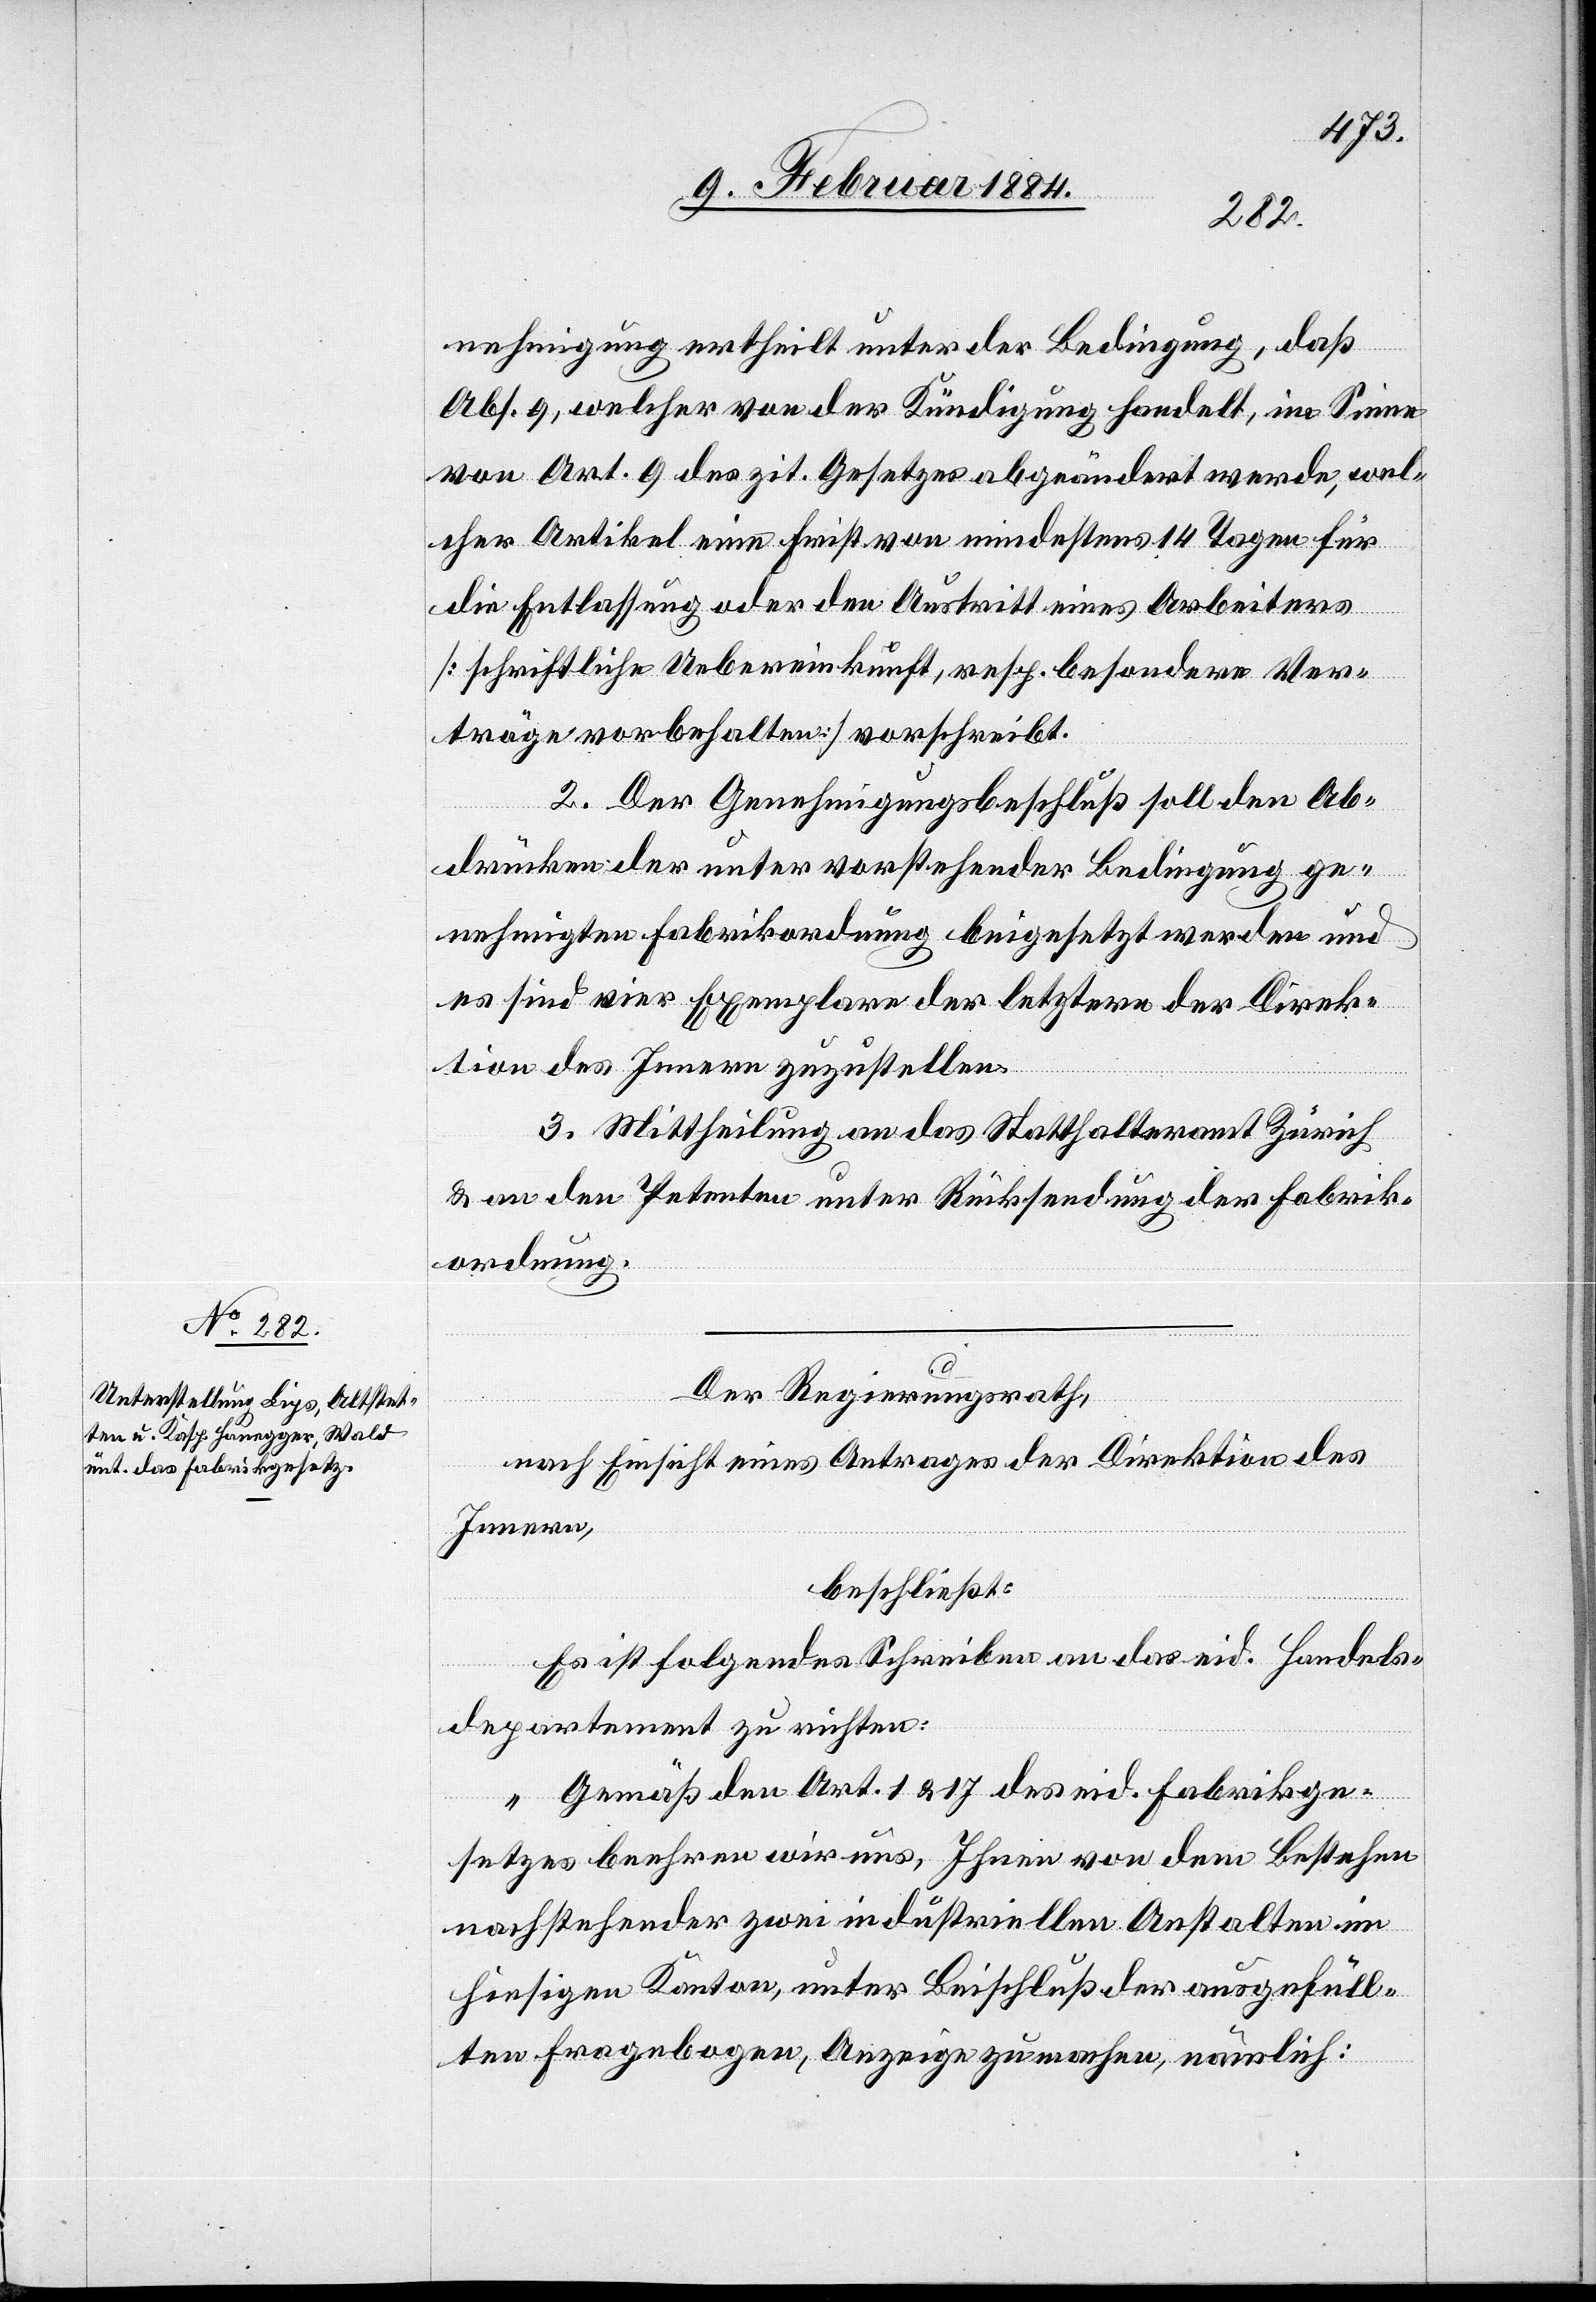
nehmigung ertheilt unter der Bedingung, daß
Abs. 9, welcher von der Kündigung handelt, im Sinne
von Art. 9 des zit. Gesetzes abgeändert werde, wel¬
cher Artikel eine Frist von mindestens 14 Tagen für
die Entlassung oder den Austritt eines Arbeiters
[schriftliche Uebereinkunft, resp. besondere Ver¬
träge vorbehalten] vorschreibt.
2. Der Genehmigungsbeschluß soll den Ab¬
drücken der unter vorstehender Bedingung ge¬
nehmigten Fabrikordnung beigesetzt werden und
es sind vier Exemplare der letztern der Direk¬
tion des Innern zuzustellen.
3. Mittheilung an das Statthalteramt Zürich
& an den Petenten unter Rücksendung der Fabrik¬
ordnung.
Der Regierungsrath,
nach Einsicht eines Antrages der Direktion des
Innern,
beschließt:
Es ist folgendes Schreiben an das eid. Handels¬
departement zu richten:
„Gemäß den Art. 1 & 17 des eid. Fabrikge¬
setzes beehren wir uns, Ihnen von dem Bestehen
nachstehender zwei industriellen Anstalten im
hiesigen Kanton, unter Beischluß der ausgefüll¬
ten Fragebogen, Anzeige zu machen, nämlich: